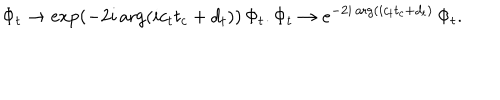
LaTeX: \Phi _ { t } \rightarrow \exp \left( - 2 i \arg ( i c _ { t } t _ { c } + d _ { t } ) \right) \, \Phi _ { t } . \Phi _ { t } \rightarrow e ^ { - 2 i \arg ( i c _ { t } t _ { c } + d _ { t } ) } \, \Phi _ { t } .